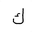
Letter: _kaf